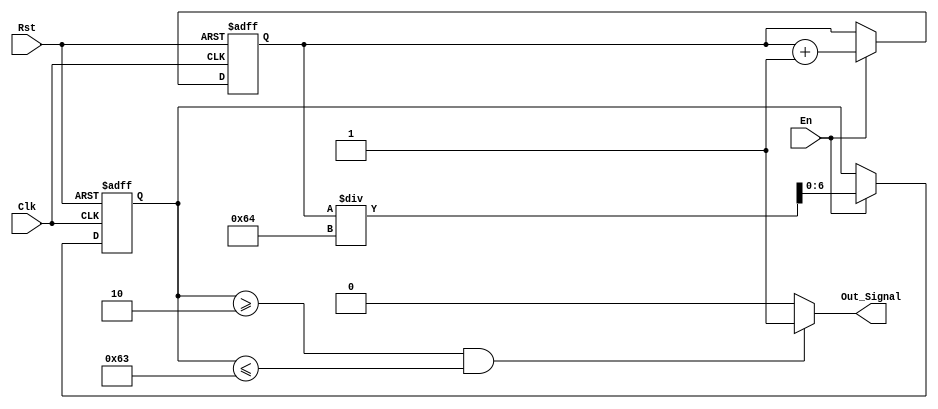
module Row_Counter(Clk, En, Rst, Out_Signal);
    input Clk, En, Rst;
    output Out_Signal;

    reg [14:0] Counter_Mem;
    reg [6:0] Row_Count;

    always @ (posedge Clk or negedge Rst) begin
        if (!Rst) begin
            Counter_Mem <= 0;
            Row_Count <= 0;
        end else begin
            if (En) begin
                Counter_Mem <= Counter_Mem + 1;
                Row_Count <= Counter_Mem / 100;
            end else begin
                Counter_Mem <= Counter_Mem;
                Row_Count <= Row_Count;
            end
        end
    end

    assign Out_Signal = (Row_Count >= 2 & Row_Count <= 99) ? 1'b1 : 1'b0;
endmodule